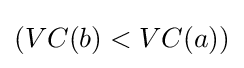
(VC(b)<VC(a))